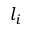
l _ { i }